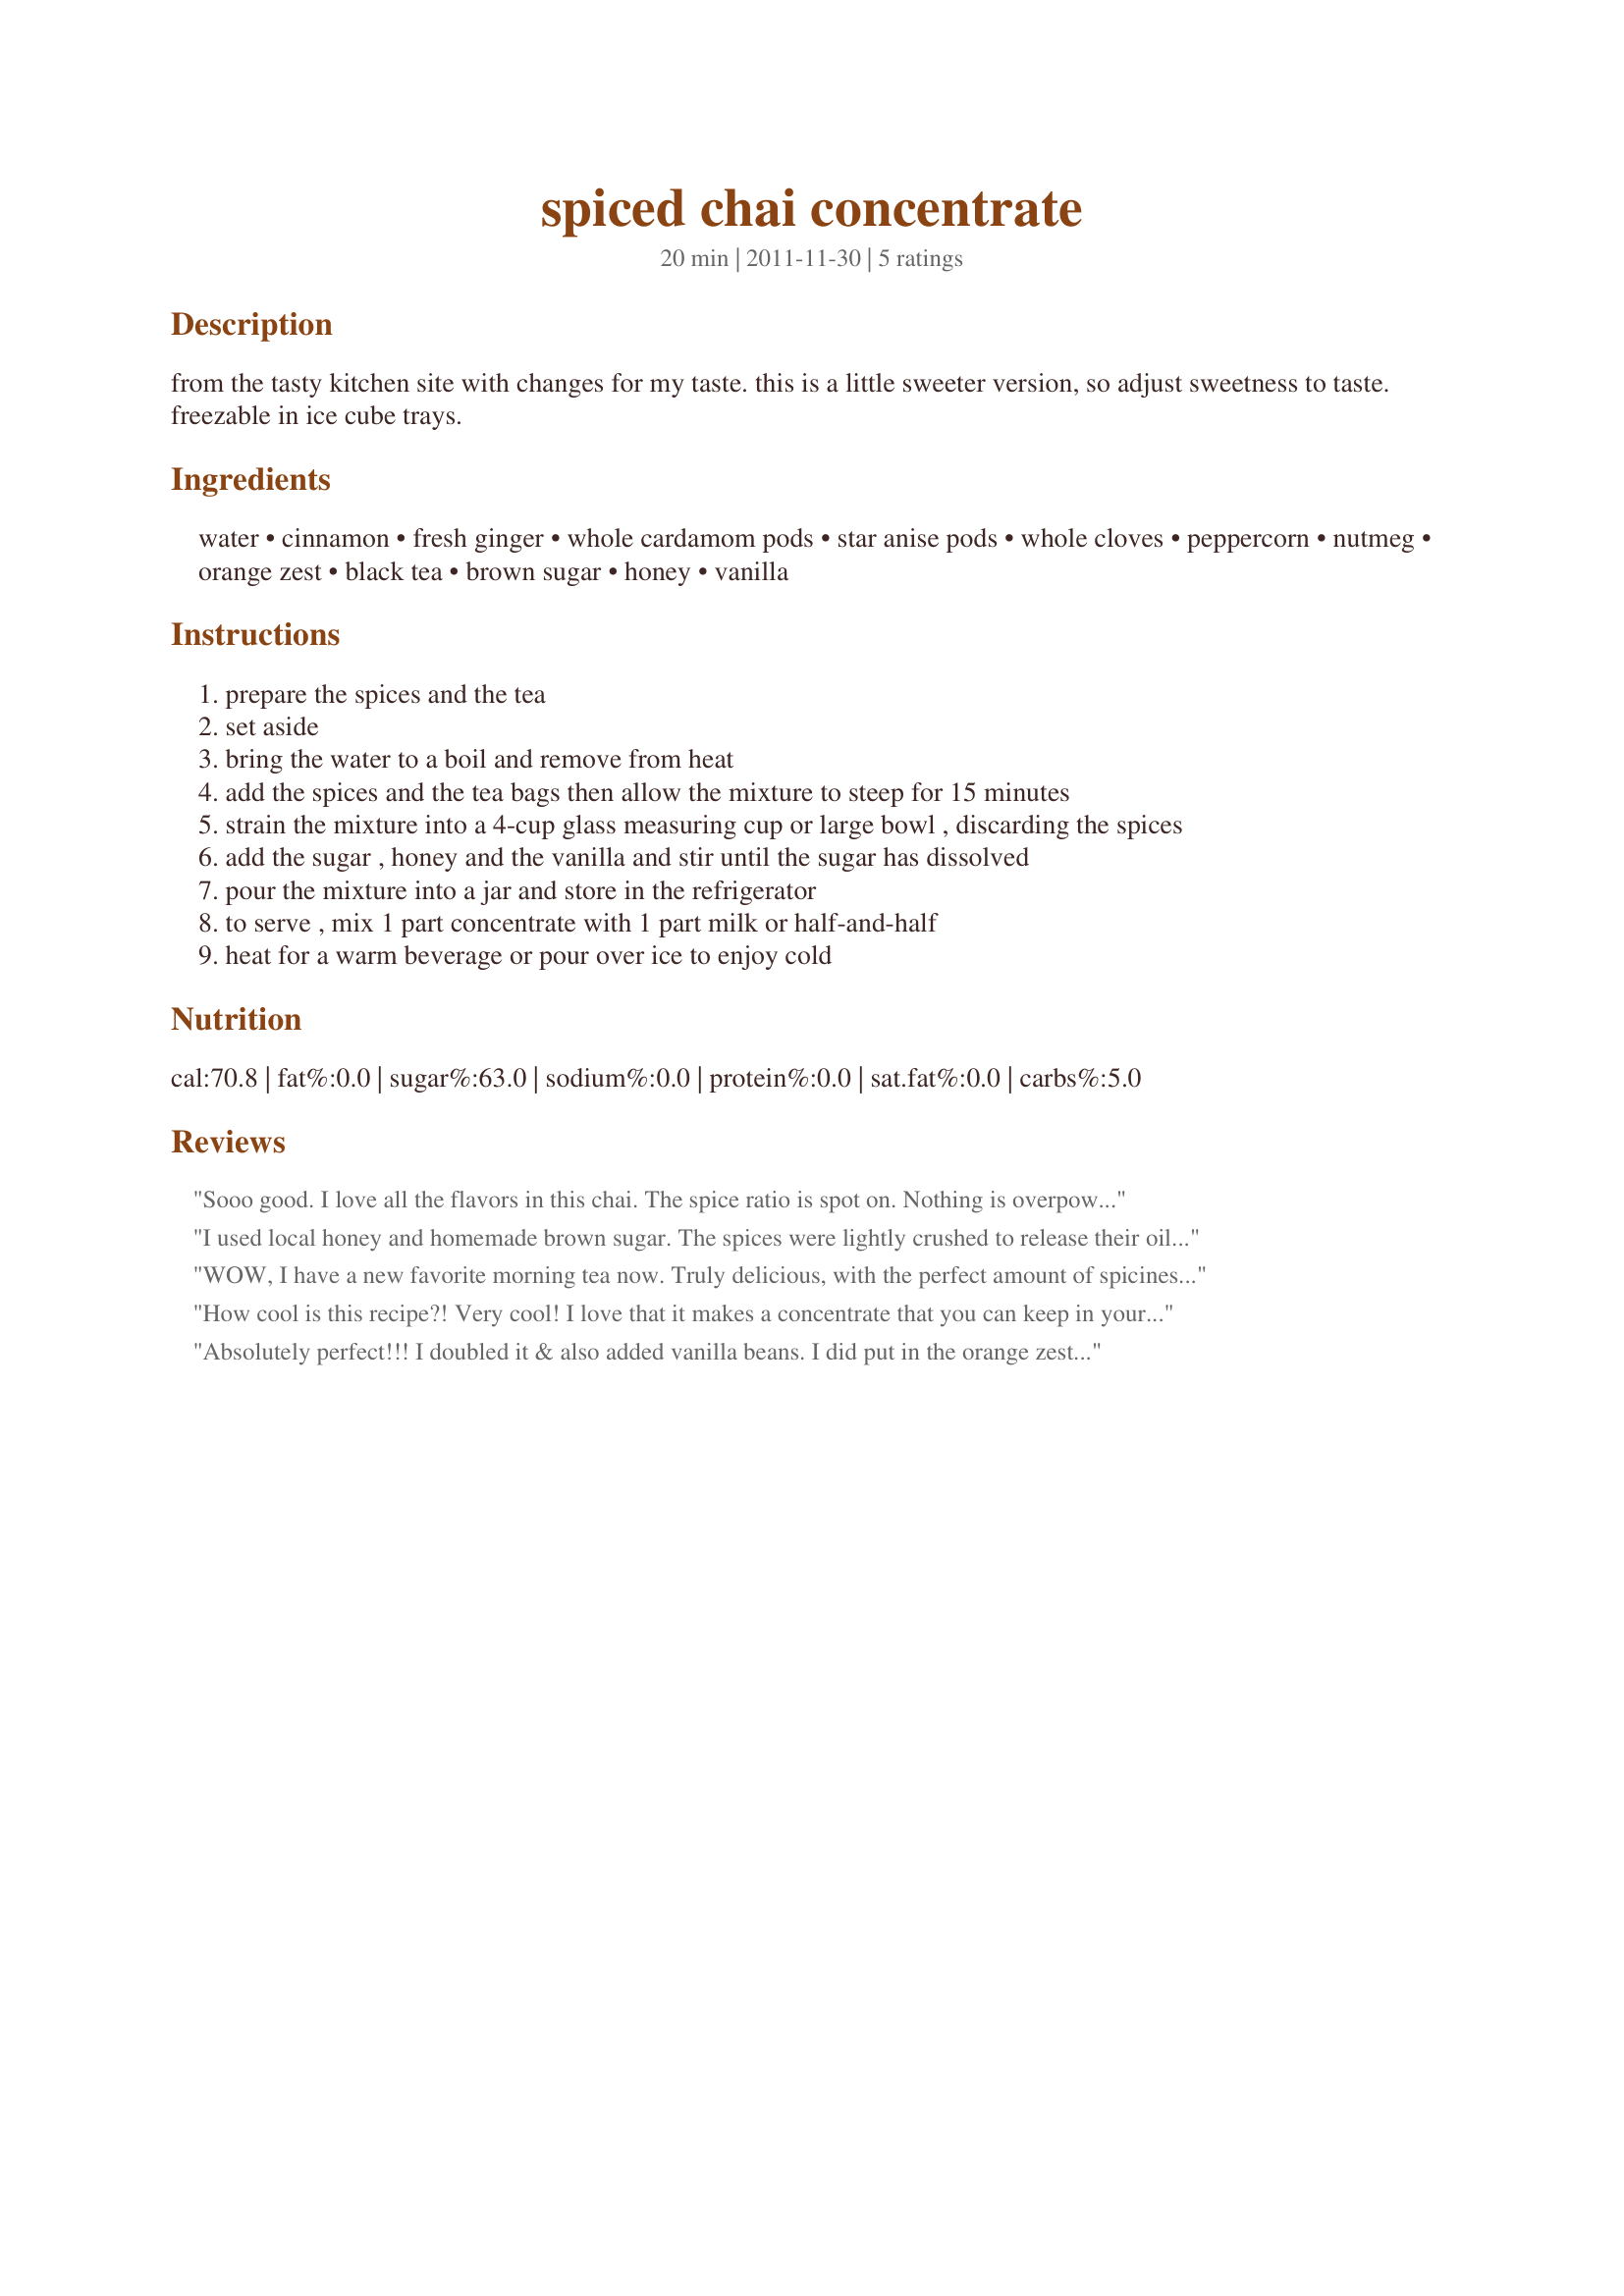
spiced chai concentrate
Preparation time: 20 minutes

from the tasty kitchen site with changes for my taste. this is a little sweeter version, so adjust sweetness to taste. freezable in ice cube trays.

Ingredients:
water, cinnamon, fresh ginger, whole cardamom pods, star anise pods, whole cloves, peppercorn, nutmeg, orange zest, black tea, brown sugar, honey, vanilla

Steps:
prepare the spices and the tea
set aside
bring the water to a boil and remove from heat
add the spices and the tea bags then allow the mixture to steep for 15 minutes
strain the mixture into a 4-cup glass measuring cup or large bowl , discarding the spices
add the sugar , honey and the vanilla and stir until the sugar has dissolved
pour the mixture into a jar and store in the refrigerator
to serve , mix 1 part concentrate with 1 part milk or half-and-half
heat for a warm beverage or pour over ice to enjoy cold

Reviews:
Sooo good. I love all the flavors in this chai. The spice ratio is spot on. Nothing is overpowering, they all blend beautifully to create the perfect cup of tea. I did use the orange zest option and since I love sweet things, I opted for 2/3 cup of brown sugar in the cocentrate. Thank you so much for sharing this treasure. I will be making it again often. I have placed this in My Favorites Cookbook for 2012. Kudos Gailanng.
I used local honey and homemade brown sugar. The spices were lightly crushed to release their oils and flavor. That orange zest option was the icing on the cake. I like my ratio of chai/tea-to-milk more like 75/25 and I used half coconut milk and half heavy cream. Nice zip to it and I needed it this busy morning earlier today! Made for Best of 2013.
WOW, I have a new favorite morning tea now. Truly delicious, with the perfect amount of spiciness. I could really taste the peppercorns in the chai. Although I tried the chai with milk the first few times, I drank the rest with water and enjoyed it far more- just a personal preference. Next time I will just mix in the water into the bottle with the chai mixture, and I will be sure to quadruple the amount I make (I doubled the recipe and it still disappeared so quickly!) [Reviewed for BEST OF 2012]
How cool is this recipe?! Very cool! I love that it makes a concentrate that you can keep in your fridge. That makes it so easy to pull out a cup and mix it with milk (I used rice milk), heat up and enjoy. The flavors are wonderful. I'm smacking my lips thinking about it right now. In fact, this recipe is being tucked into my best-of-the-best file. Thank you! Made for ZWT8 India
Absolutely perfect!!! I doubled it & also added vanilla beans. I did put in the orange zest. I used 1c brown sugar & 2TB honey. It is sooooo good. I bet it'll be gone tomorrow. THANK YOU especially since I tagged a recipe that calls for chai concentrate but I can't find any within walking distance. You saved me! lol. Thank you, Gail! **I just used this in recipe#376642. YUM!
